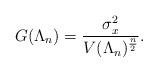
LaTeX: \begin{align*}G(\Lambda_n) = \frac{\sigma_x^2}{V(\Lambda_n)^{\frac{n}{2}}}.\end{align*}